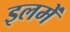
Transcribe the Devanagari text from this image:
इलमें